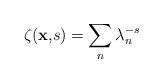
LaTeX: \begin{align*}\zeta ({\bf x,}s)=\sum_{n}\lambda _{n}^{-s}\end{align*}